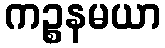
ကဉ္စနမယာ